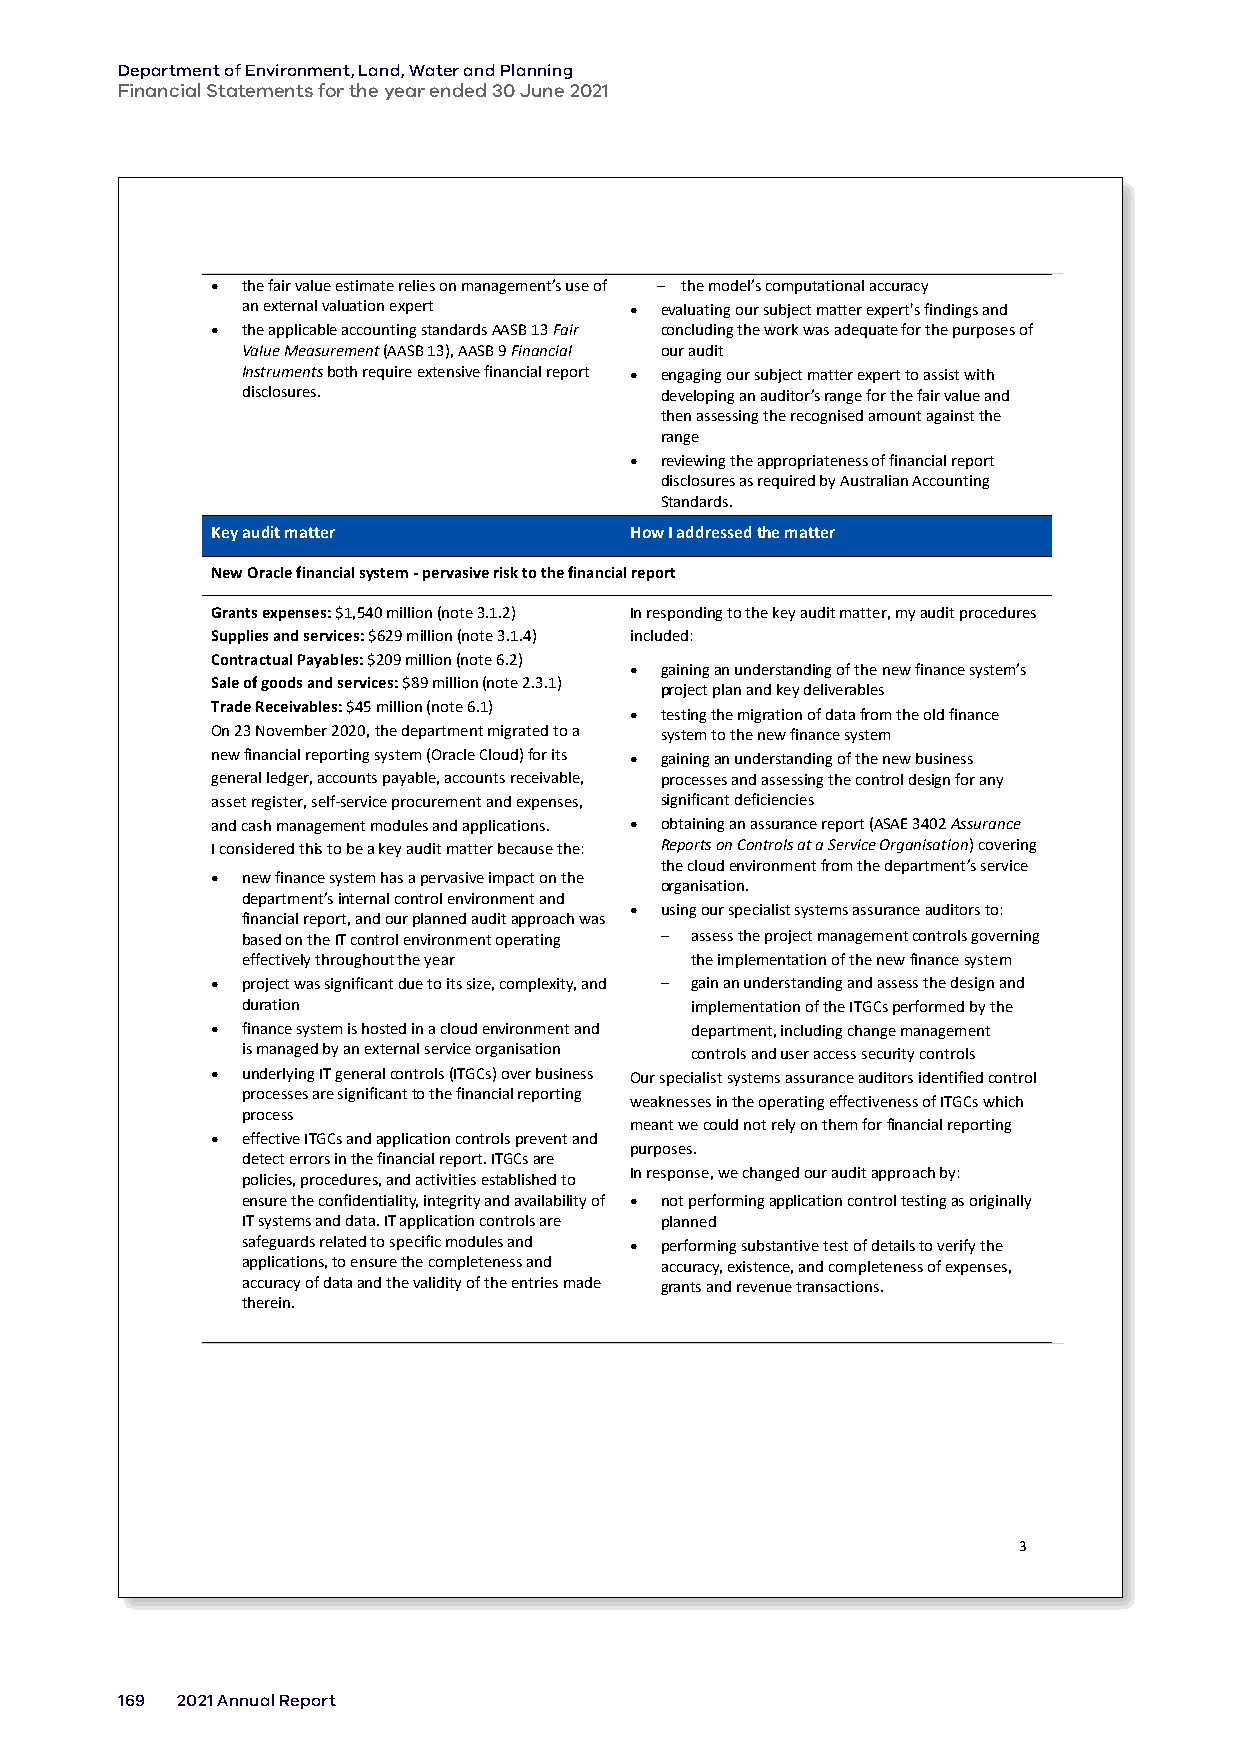
Department of Environment, Land, Water and Planning
 Financial Statements for the year ended 30 June 2021
 • the fair value estimate relies on management’s use of ‒ the model’s computational accuracy
 an external valuation expert • evaluating our subject matter expert's findings and
 • the applicable accounting standards AASB 13 Fair concluding the work was adequate for the purposes of
 Value Measurement (AASB 13), AASB 9 Financial our audit
 Instruments both require extensive financial report • engaging our subject matter expert to assist with
 disclosures.                developing an auditor’s range for the fair value and
 then assessing the recognised amount against the
 range
 • reviewing the appropriateness of financial report
 disclosures as required by Australian Accounting
 Standards.
 Key audit matter            How I addressed the matter
 New Oracle financial system - pervasive risk to the financial report
 Grants expenses: $1,540 million (note 3.1.2) In responding to the key audit matter, my audit procedures
 Supplies and services: $629 million (note 3.1.4) included:
 Contractual Payables: $209 million (note 6.2)
 • gaining an understanding of the new finance system’s
 Sale of goods and services: $89 million (note 2.3.1) project plan and key deliverables
 Trade Receivables: $45 million (note 6.1) • testing the migration of data from the old finance
 On 23 November 2020, the department migrated to a system to the new finance system
 new financial reporting system (Oracle Cloud) for its • gaining an understanding of the new business
 general ledger, accounts payable, accounts receivable, processes and assessing the control design for any
 asset register, self-service procurement and expenses, significant deficiencies
 and cash management modules and applications. • obtaining an assurance report (ASAE 3402 Assurance
 I considered this to be a key audit matter because the: Reports on Controls at a Service Organisation) covering
 the cloud environment from the department’s service
 • new finance system has a pervasive impact on the
 organisation.
 department’s internal control environment and
 • using our specialist systems assurance auditors to:
 financial report, and our planned audit approach was
 based on the IT control environment operating ‒ assess the project management controls governing
 effectively throughout the year the implementation of the new finance system
 • project was significant due to its size, complexity, and ‒ gain an understanding and assess the design and
 duration                      implementation of the ITGCs performed by the
 • finance system is hosted in a cloud environment and department, including change management
 is managed by an external service organisation controls and user access security controls
 • underlying IT general controls (ITGCs) over business Our specialist systems assurance auditors identified control
 processes are significant to the financial reporting
 weaknesses in the operating effectiveness of ITGCs which
 process
 meant we could not rely on them for financial reporting
 • effective ITGCs and application controls prevent and
 purposes.
 detect errors in the financial report. ITGCs are
 In response, we changed our audit approach by:
 policies, procedures, and activities established to
 ensure the confidentiality, integrity and availability of • not performing application control testing as originally
 IT systems and data. IT application controls are planned
 safeguards related to specific modules and • performing substantive test of details to verify the
 applications, to ensure the completeness and accuracy, existence, and completeness of expenses,
 accuracy of data and the validity of the entries made grants and revenue transactions.
 therein.
 3
 169 2021 Annual Report